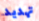
تهديد